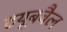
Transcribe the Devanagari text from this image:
टयूबवैल